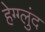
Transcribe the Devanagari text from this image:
हेग्ग्लुंद